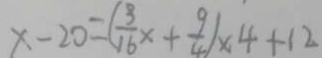
x - 2 0 = ( \frac { 3 } { 1 6 } x + \frac { 9 } { 4 } ) \times 4 + 1 2